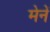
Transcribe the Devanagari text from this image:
मेनें